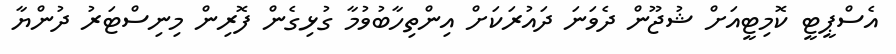
އެސްޕީޓީ ކޮމިޓީއަށް ޝުޖޫން ދެވަނަ ދައުރަކަށް އިންތިހާބުވުމާ ގުޅިގެން ފޮރިން މިނިސްޓަރު ދުންޔާ